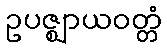
ဥပဇ္ဈာယဝတ္တံ